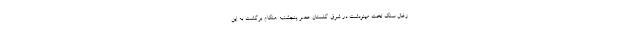
زغال سنگ تخت مینودشت در شرق گلستان عصر پنجشنبه هنگام برگشت به این